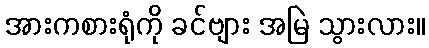
အားကစားရုံကို ခင်ဗျား အမြဲ သွားလား။